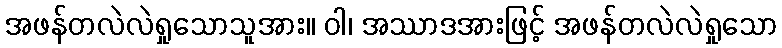
အဖန်တလဲလဲရှုသောသူအား။ ဝါ၊ အဿာဒအားဖြင့် အဖန်တလဲလဲရှုသော